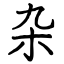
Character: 杂